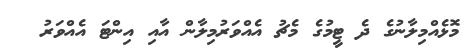
މޮޅެއްމިލާނުގެ ދެ ޓީމުގެ މެޗު އެއްވަރުމިލާން އާއި އިންޓަ އެއްވަރު